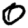
Digit: 0